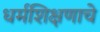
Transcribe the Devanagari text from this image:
धर्मशिक्षणाचे